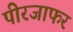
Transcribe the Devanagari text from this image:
पीरजाफर